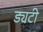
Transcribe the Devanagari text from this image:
ड्यटी